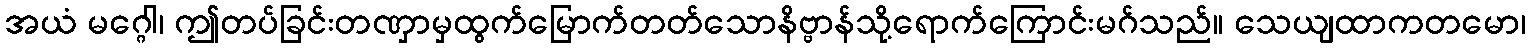
အယံ မဂ္ဂေါ၊ ဤတပ်ခြင်းတဏှာမှထွက်မြောက်တတ်သောနိဗ္ဗာန်သို့ရောက်ကြောင်းမဂ်သည်။ သေယျထာကတမော၊